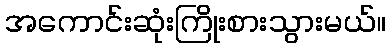
အကောင်းဆုံးကြိုးစားသွားမယ်။